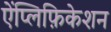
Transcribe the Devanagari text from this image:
ऐंप्लिफ़िकेशन